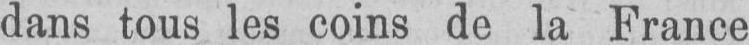
dans tous les coins de la France